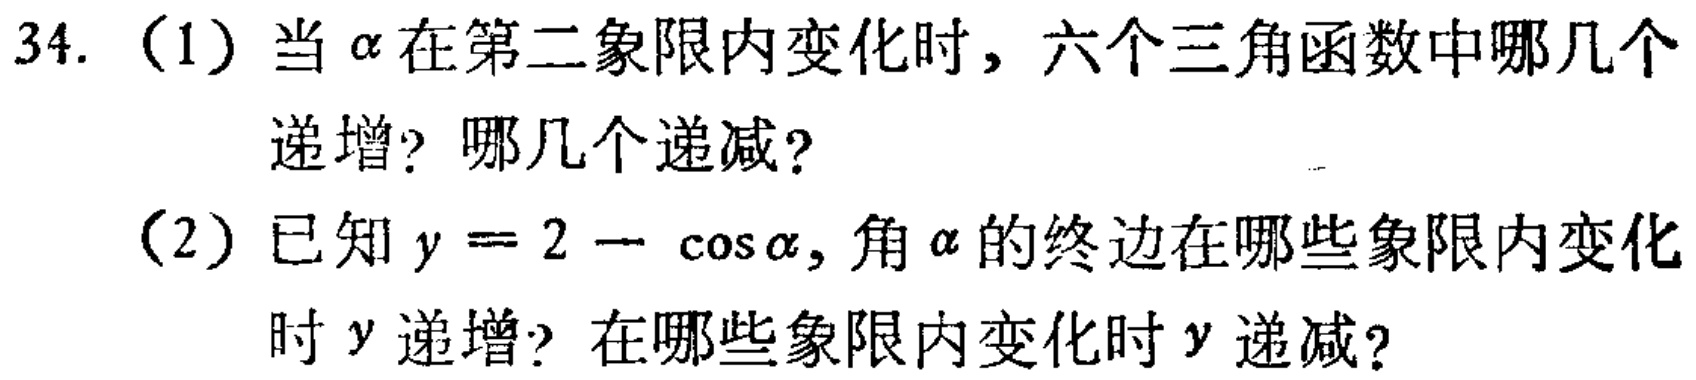
34. （1）当\(\alpha\)在第二象限内变化时，六个三角函数中哪几个递增？哪几个递减？
（2）已知\(y = 2-\cos\alpha\)，角\(\alpha\)的终边在哪些象限内变化时\(y\)递增？在哪些象限内变化时\(y\)递减？